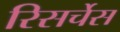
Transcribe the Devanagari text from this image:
रिसर्चेस